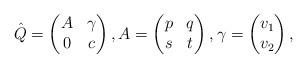
LaTeX: \begin{align*}\hat{Q}=\begin{pmatrix}A&\gamma\\0&c\end{pmatrix}, A=\begin{pmatrix}p&q\\s&t\end{pmatrix},\gamma=\begin{pmatrix} v_1\\v_2\end{pmatrix},\end{align*}